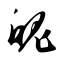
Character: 魄